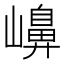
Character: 𡽶